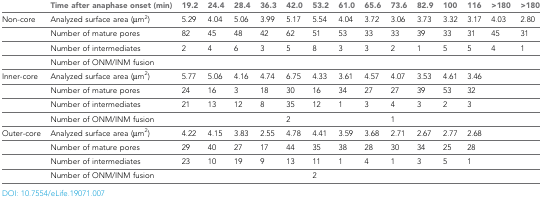
<table><thead><tr><td></td><td><b>Time after anaphase onset (min)</b></td><td><b>19.2</b></td><td><b>24.4</b></td><td><b>28.4</b></td><td><b>36.3</b></td><td><b>42.0</b></td><td><b>53.2</b></td><td><b>61.0</b></td><td><b>65.6</b></td><td><b>73.6</b></td><td><b>82.9</b></td><td><b>100</b></td><td><b>116</b></td><td><b>&gt;180</b></td><td><b>&gt;180</b></td></tr></thead><tbody><tr><td>Non-core</td><td>Analyzed surface area (μm<sup>2</sup>)</td><td>5.29</td><td>4.04</td><td>5.06</td><td>3.99</td><td>5.17</td><td>5.54</td><td>4.04</td><td>3.72</td><td>3.06</td><td>3.73</td><td>3.32</td><td>3.17</td><td>4.03</td><td>2.80</td></tr><tr><td></td><td>Number of mature pores</td><td>82</td><td>45</td><td>48</td><td>42</td><td>62</td><td>51</td><td>53</td><td>33</td><td>33</td><td>39</td><td>33</td><td>31</td><td>45</td><td>31</td></tr><tr><td></td><td>Number of intermediates</td><td>2</td><td>4</td><td>6</td><td>3</td><td>5</td><td>8</td><td>3</td><td>3</td><td>2</td><td>1</td><td>5</td><td>5</td><td>4</td><td>1</td></tr><tr><td></td><td>Number of ONM/INM fusion</td><td></td><td></td><td></td><td></td><td></td><td></td><td></td><td></td><td></td><td></td><td></td><td></td><td></td><td></td></tr><tr><td>Inner-core</td><td>Analyzed surface area (μm<sup>2</sup>)</td><td>5.77</td><td>5.06</td><td>4.16</td><td>4.74</td><td>6.75</td><td>4.33</td><td>3.61</td><td>4.57</td><td>4.07</td><td>3.53</td><td>4.61</td><td>3.46</td><td></td><td></td></tr><tr><td></td><td>Number of mature pores</td><td>24</td><td>16</td><td>3</td><td>18</td><td>30</td><td>16</td><td>34</td><td>27</td><td>27</td><td>39</td><td>53</td><td>32</td><td></td><td></td></tr><tr><td></td><td>Number of intermediates</td><td>21</td><td>13</td><td>12</td><td>8</td><td>35</td><td>12</td><td>1</td><td>3</td><td>4</td><td>3</td><td>2</td><td>3</td><td></td><td></td></tr><tr><td></td><td>Number of ONM/INM fusion</td><td></td><td></td><td></td><td></td><td>2</td><td></td><td></td><td></td><td>1</td><td></td><td></td><td></td><td></td><td></td></tr><tr><td>Outer-core</td><td>Analyzed surface area (μm<sup>2</sup>)</td><td>4.22</td><td>4.15</td><td>3.83</td><td>2.55</td><td>4.78</td><td>4.41</td><td>3.59</td><td>3.68</td><td>2.71</td><td>2.67</td><td>2.77</td><td>2.68</td><td></td><td></td></tr><tr><td></td><td>Number of mature pores</td><td>29</td><td>40</td><td>27</td><td>17</td><td>44</td><td>35</td><td>38</td><td>28</td><td>30</td><td>34</td><td>25</td><td>28</td><td></td><td></td></tr><tr><td></td><td>Number of intermediates</td><td>23</td><td>10</td><td>19</td><td>9</td><td>13</td><td>11</td><td>1</td><td>4</td><td>1</td><td>3</td><td>5</td><td>1</td><td></td><td></td></tr><tr><td></td><td>Number of ONM/INM fusion</td><td></td><td></td><td></td><td></td><td></td><td>2</td><td></td><td></td><td></td><td></td><td></td><td></td><td></td><td></td></tr></tbody></table>